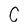
Character: C